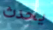
يحدث